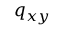
q _ { x y }